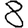
Digit: 8